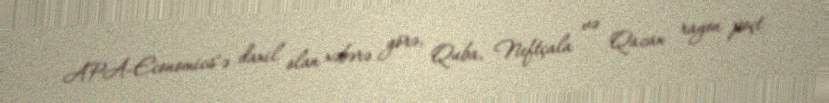
APA-Economics"ə daxil olan xəbərə görə, Quba, Neftçala və Qazax rayon poçt